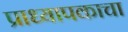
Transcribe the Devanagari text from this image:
प्राध्यापकाचा